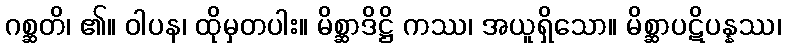
ဂစ္ဆတိ၊ ၏။ ဝါပန၊ ထိုမှတပါး။ မိစ္ဆာဒိဋ္ဌိ ကဿ၊ အယူရှိသော။ မိစ္ဆာပဋိပန္နဿ၊